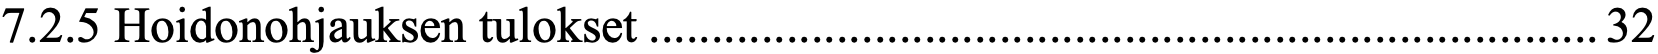
7.2.5 Hoidonohjauksen tulokset ............................................................................ 32